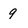
Character: 9